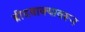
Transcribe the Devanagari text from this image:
ब्रीदवाक्यावरून